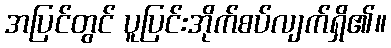
အပြင်တွင် ပူပြင်းအိုက်စပ်လျက်ရှိ၏။